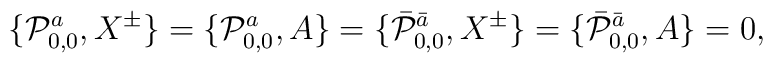
\{ {\cal P}^a_{0,0} , X^{\pm} \} = \{ {\cal P}^a_{0,0}, A \} = \{ \bar{{\cal P}}^{\bar a}_{0,0}, X^{\pm}\} =\{ \bar{{\cal P}}^{\bar a}_{0,0}, A\} = 0,